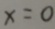
x = 0